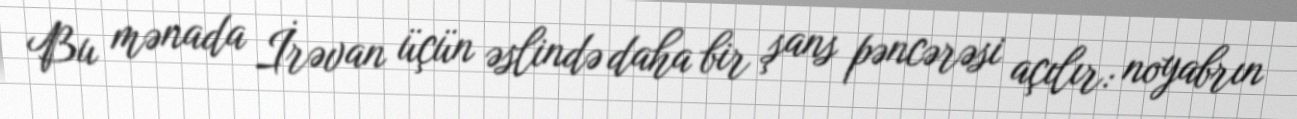
Bu mənada İrəvan üçün əslində daha bir şans pəncərəsi açılır: noyabrın